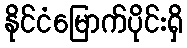
နိုင်ငံမြောက်ပိုင်းရှိ